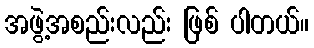
အဖွဲ့အစည်းလည်း ဖြစ် ပါတယ်။